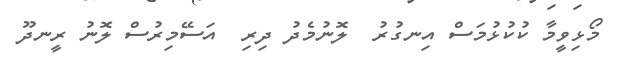
މޯޅިވީމާ ކުކުޅުމަސް އިނގުރު  ލޮނުމެދު ދިރި  އަސޭމިރުސް ލޮނު ރީނދޫ